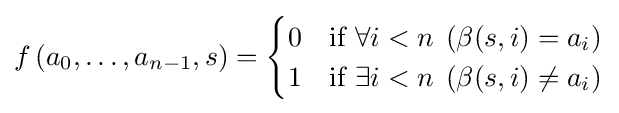
f\left(a_{0},\dots ,a_{n-1},s\right)={\begin{cases}0&\mathrm {if} \;\forall i<n\;\left(\beta (s,i)=a_{i}\right)\\1&\mathrm {if} \;\exists i<n\;\left(\beta (s,i)\neq a_{i}\right)\end{cases}}